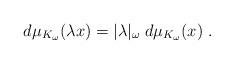
LaTeX: \begin{align*}d\mu_{K_\omega}(\lambda x)=|\lambda|_\omega\;d\mu_{K_\omega}(x)\;.\end{align*}